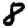
Digit: 8